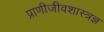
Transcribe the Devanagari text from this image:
प्राणीजीवशास्त्रज्ञ